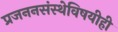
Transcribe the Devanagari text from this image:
प्रजननसंस्थेविषयीही